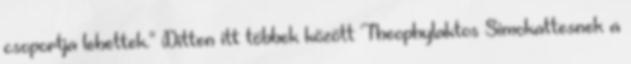
csoportja lehettek." Ditten itt többek között Theophylaktos Simokattesnek a